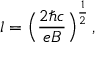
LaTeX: l = \Big ( { \frac { 2 \hbar c } { e B } } \Big ) ^ { \frac { 1 } { 2 } } \, ,